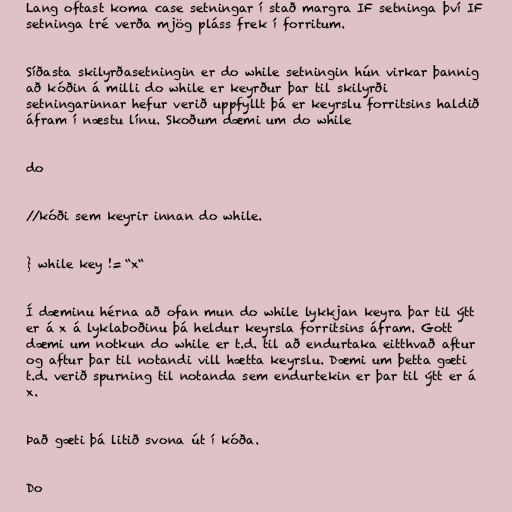
Lang oftast koma case setningar í stað margra IF setninga því IF
setninga tré verða mjög pláss frek í forritum.

Síðasta skilyrðasetningin er do while setningin hún virkar þannig
að kóðin á milli do while er keyrður þar til skilyrði
setningarinnar hefur verið uppfyllt þá er keyrslu forritsins haldið
áfram í næstu línu. Skoðum dæmi um do while

do

//kóði sem keyrir innan do while.

} while key != “x“

Í dæminu hérna að ofan mun do while lykkjan keyra þar til ýtt
er á x á lyklaboðinu þá heldur keyrsla forritsins áfram. Gott
dæmi um notkun do while er t.d. til að endurtaka eitthvað aftur
og aftur þar til notandi vill hætta keyrslu. Dæmi um þetta gæti
t.d. verið spurning til notanda sem endurtekin er þar til ýtt er á
x.

Það gæti þá litið svona út í kóða.

Do